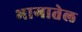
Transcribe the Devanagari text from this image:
भागातेल